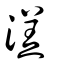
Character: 溔